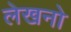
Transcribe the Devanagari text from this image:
लेखनो